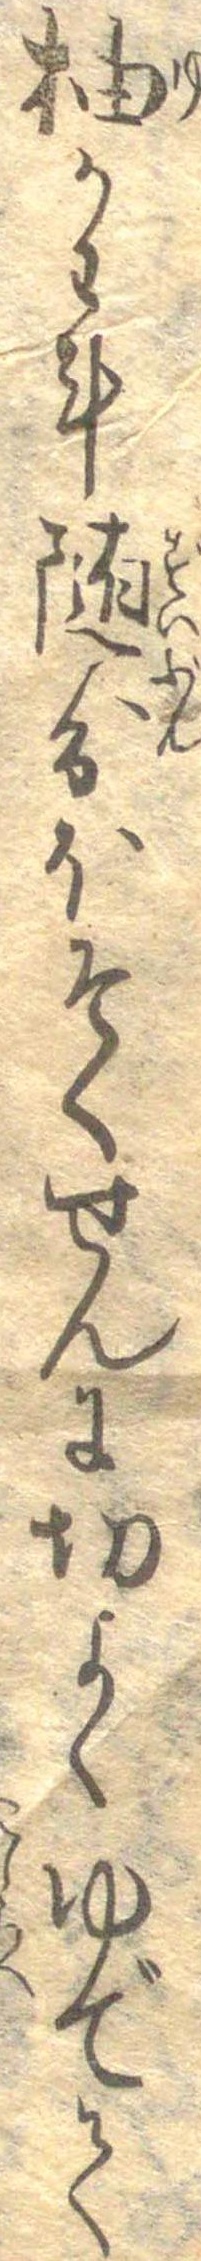
柚かわ計随分ほそくせんに切よくゆでて